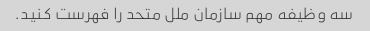
سه وظیفه مهم سازمان ملل متحد را فهرست کنید.